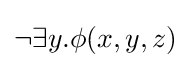
\neg \exists y.\phi (x,y,z)